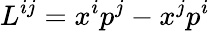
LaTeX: L^{ij}=x^{i}p^{j}-x^{j}p^{i}